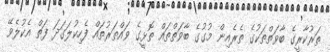
ތަރުކާރީގެ ބާވަތްތަކުގެ ތެރެއިން މުގުގެ ބާވަތްތައް ތޮޅީގެ ވައްތަރުތައް ފެހިކުލަގަދަ ފަތް އެކުލެވޭ